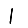
Digit: 1